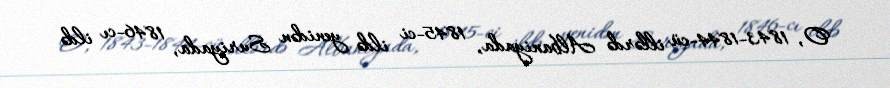
O, 1843-1844-cü illərdə Albaniyada, 1845-ci ildə yenidən Suriyada, 1846-cı ildə